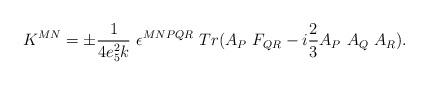
LaTeX: \begin{align*}K^{M N} = \pm \frac{1}{4 e_5^2 k} \ \epsilon^{M N P Q R} \ Tr( A_{P} \ F_{Q R} - i \frac{2}{3} A_P \ A_Q \ A_R ). \end{align*}